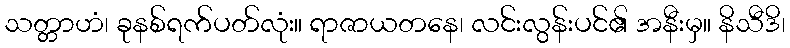
သတ္တာဟံ၊ ခုနစ်ရက်ပတ်လုံး။ ရာဇာယတနေ၊ လင်းလွန်းပင်၏ အနီးမှ။ နိသီဒိ၊